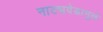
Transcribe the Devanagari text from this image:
नाट्यवेडामुळे